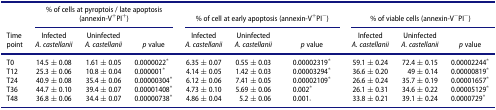
<table><thead><tr><td><b> </b></td><td colspan="3"><b>% of cells at pyroptois / late apoptosis (annexin-V<sup>+</sup>PI<sup>+</sup>)</b></td><td colspan="3"><b>% of cell at early apoptosis (annexin-V<sup>+</sup>PI<sup>−</sup>)</b></td><td colspan="3"><b>% of viable cells (annexin-V<sup>−</sup>PI<sup>−</sup>)</b></td></tr><tr><td><b>Time point</b></td><td><b>Infected <i>A. castellanii</i></b></td><td><b>Uninfected <i>A. castellanii</i></b></td><td><b><i>p</i> value</b></td><td><b>Infected <i>A. castellanii</i></b></td><td><b>Uninfected <i>A. castellanii</i></b></td><td><b><i>p</i> value</b></td><td><b>Infected <i>A. castellanii</i></b></td><td><b>Uninfected <i>A. castellanii</i></b></td><td><b><i>p</i> value</b></td></tr></thead><tbody><tr><td>T0</td><td>14.5 ± 0.08</td><td>1.61 ± 0.05</td><td>0.0000022*</td><td>6.35 ± 0.07</td><td>0.55 ± 0.03</td><td>0.00002319*</td><td>59.1 ± 0.24</td><td>72.4 ± 0.15</td><td>0.00002244*</td></tr><tr><td>T12</td><td>25.3 ± 0.06</td><td>10.8 ± 0.04</td><td>0.000001*</td><td>4.14 ± 0.05</td><td>1.42 ± 0.03</td><td>0.00003294*</td><td>36.6 ± 0.20</td><td>49 ± 0.14</td><td>0.00000819*</td></tr><tr><td>T24</td><td>40.9 ± 0.08</td><td>35.4 ± 0.06</td><td>0.00000304*</td><td>6.12 ± 0.06</td><td>7.41 ± 0.05</td><td>0.00002109*</td><td>26.6 ± 0.24</td><td>35.7 ± 0.19</td><td>0.00001657*</td></tr><tr><td>T36</td><td>44.7 ± 0.10</td><td>39.4 ± 0.07</td><td>0.00001408*</td><td>4.73 ± 0.10</td><td>5.69 ± 0.06</td><td>0.002*</td><td>26.1 ± 0.31</td><td>34.6 ± 0.22</td><td>0.00005129*</td></tr><tr><td>T48</td><td>36.8 ± 0.06</td><td>34.4 ± 0.07</td><td>0.00000738*</td><td>4.86 ± 0.04</td><td>5.2 ± 0.06</td><td>0.001<sub>*</sub></td><td>33.8 ± 0.21</td><td>39.1 ± `0.24</td><td>0.0000729*</td></tr></tbody></table>